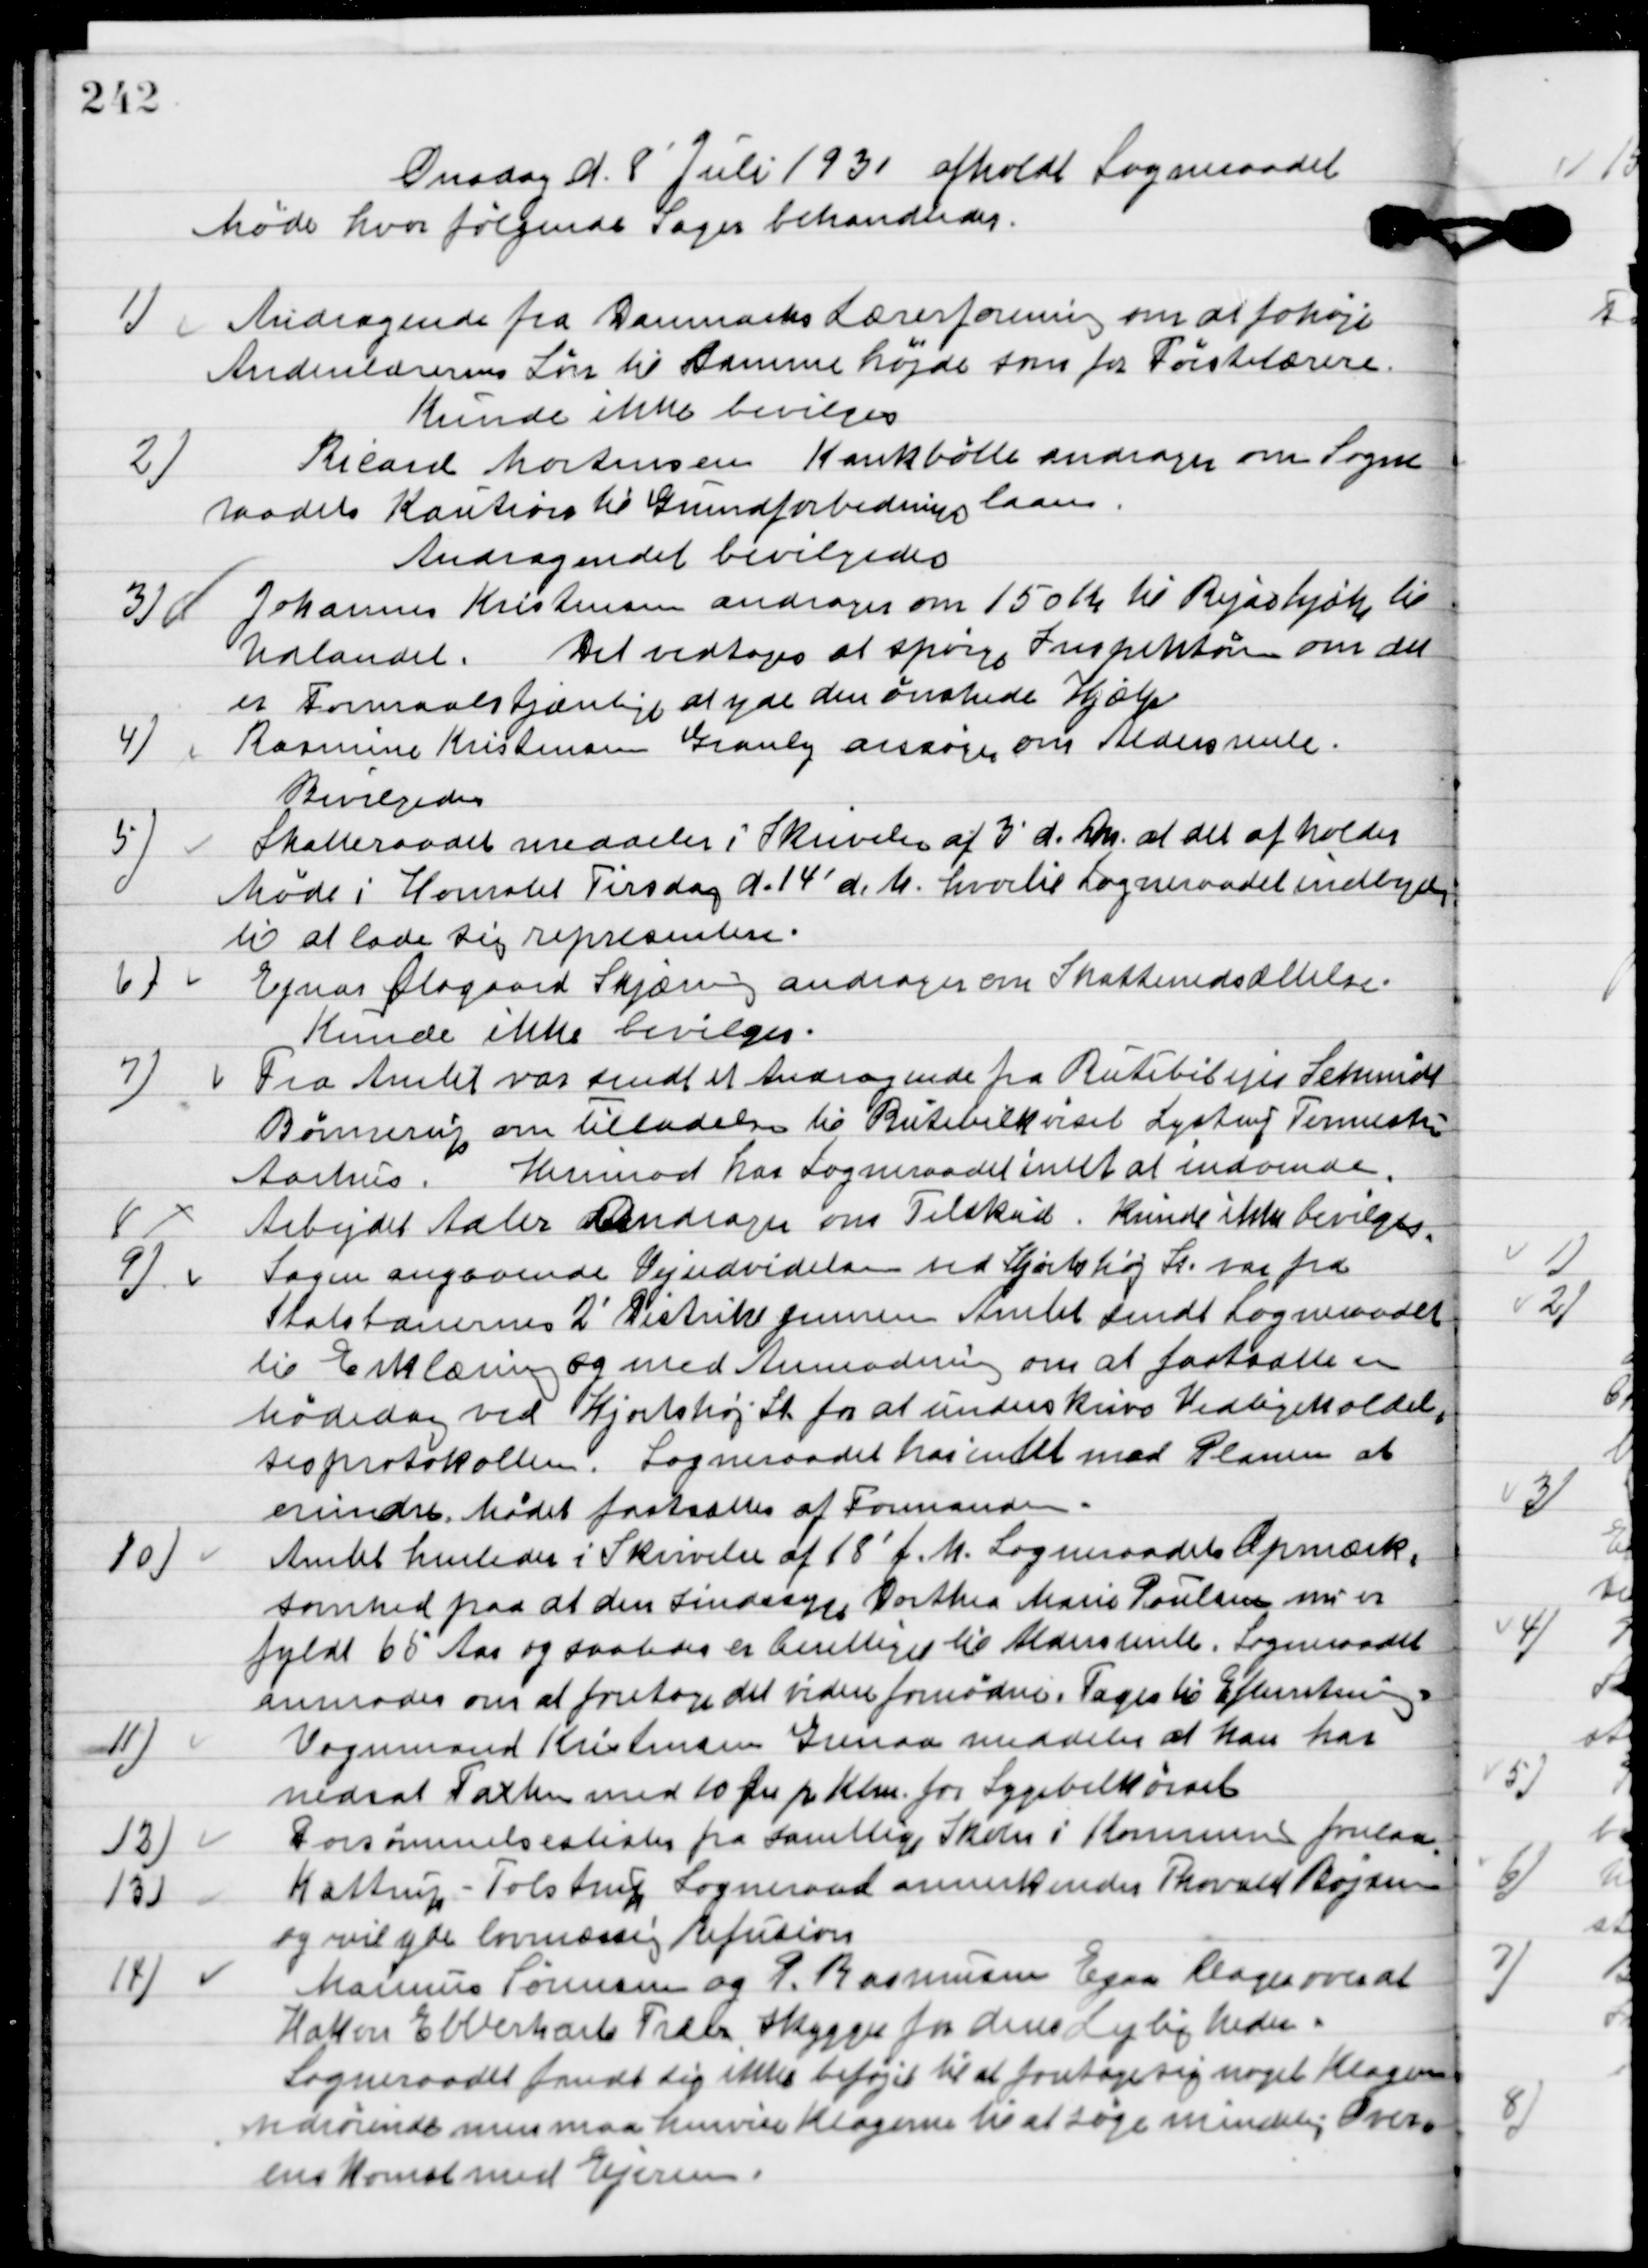
Transskription:
Onsdag d. 8. Juli 1931 afholdt Sogneraadet
Møde hvor følgende sager behandledes.

1

Andragende fra Danmarks Lærerforening om at forhøje
Anden lærernes Løn til samme højde som for førstelærere.
Kunde ikke bevilges.

2

Ricard Mortensen Kankbølle andrager om Sogne-
raadets Kaution til Grundejerforeningens laan. 
Andragendet bevilgedes.

3

Johannes Kristensen andrager om 150 Kr. til Rejsehjælp til
Udlandet.
 Det vedtoges at spørge Inspektøren om det
er Formaalstjenligt at yde den ønskede Hjælp.

4

Rasmine Kristensen Grandly ansøger om Aldersrente.
Bevilgedes.

5

Skatteraadet meddeler i Skrivelse af 3´ d. Dm at det afholder
Møde i Hornslet Tirsdag d. 14´bd. M. hvortil Sogneraadet indbyder
til at lade sig representere.

6

Ejnar Ølsgaard Skjæring andrager om Skatteudsættelse.
Kunde ikke bevilges.

7

Fra Amtet var sendt et andragende fra Ruttebilejer Schmidt
Bønnerup om tilladelse til Rutebilkørsel Lystrup Termestrup
 Aarhus.
 Herimod har Sogneraadet intet at indvende.

8

Arbejdet Adler Andrager om Tilskud.
Kunde ikke bevilges.

9

Sagen angaaende Vejudvidelse ved Hjortshøj St. var fra
Statsbanernes 2´ Distrikt gennem Amtet sendt Sogneraadet
til Erklæring og med Anmodning om at fastsætte en
mødedag ved Hjortshøj St. for at underskrive Vedligeholdel-
sesprotokollen. Sogneraadet har intet mod Planen at
erindre. Mødet fastsattes af formanden.

10

Amtet henleder i Skrivelse af 18´ f. M. Sogneraadets Opmærk-
somhed paa at den sindssyge Dorthea Marie Poulsen nu er
fyldt 66 Aar og saaledes er berettiget til Aldersrente. Sogneraadet
anmoder om at foretage det videre fornøden.
Toges til Efterretning.

11

Vognmand Kristiansen Grenaa meddeler at han har 
nedsat Taxten med 10 Øre pr. Km. For Sygebilkørsel.

12

Forsømmelseslisten for Samtlige Skoler i Kommunen forelaa.

13

Kattrup-Tostrup Sogneraad annerkender Thorvald Bøjsen
og vil yde lovmæssig Refusion.

14

Marius Sørensen og P. Rasmussen Egaa klager over at
Hakon Ebberhart træer skygger for deres lejlighed.
Sogneraaadet fandt sig ikke beføjet til at foretage sig noget Klagen
vedrørende men maa henvise Klagen til at søge mindelig Over-
enskomst med Ejeren.